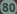
80